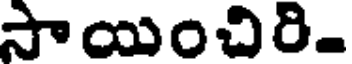
సాయించిరి.